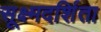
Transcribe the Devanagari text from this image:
सूक्ष्मदर्शिता